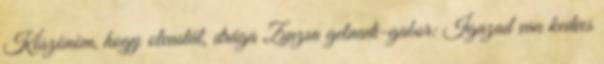
Köszönöm, hogy olvastál, drága Zsuzsa gelnadi-gabor: Igazad van kedves